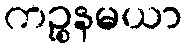
ကဉ္စနမယာ